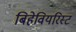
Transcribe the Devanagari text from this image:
बिहेवियरिस्ट